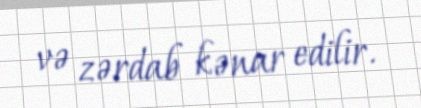
və zərdab kənar edilir.